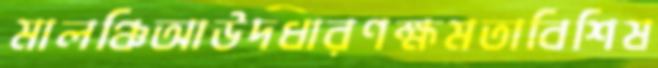
মালঞ্চিআউদধারণক্ষমতাবিশিষ